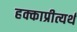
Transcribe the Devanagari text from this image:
हक्काप्रीत्यर्थ